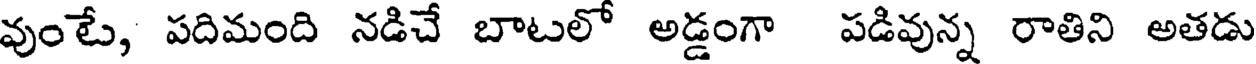
వుంటే, పదిమంది నడిచే బాటలో అడ్డంగా పడివున్న రాతిని అతడు